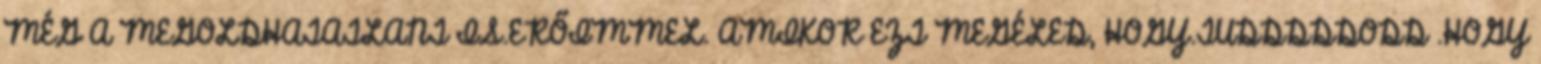
MÉG A MEGOLDHATATLANT IS.ERŐIMMEL. AMIKOR EZT MEGÉLED, HOGY.TUDDDDDODD .HOGY